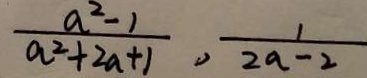
\frac { a ^ { 2 } - 1 } { a ^ { 2 } + 2 a + 1 } , \frac { 1 } { 2 a - 2 }